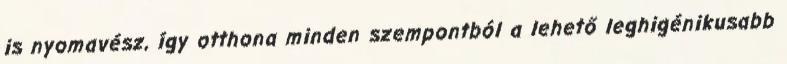
is nyomavész, így otthona minden szempontból a lehető leghigénikusabb